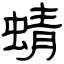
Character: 蜻